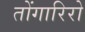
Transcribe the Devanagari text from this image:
तोंगारिरो